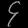
Digit: ၄